Annual report of the Punjab Veterinary College and of the Civil Veterinary Department, Punjab - 1920-1925
Year: 1920
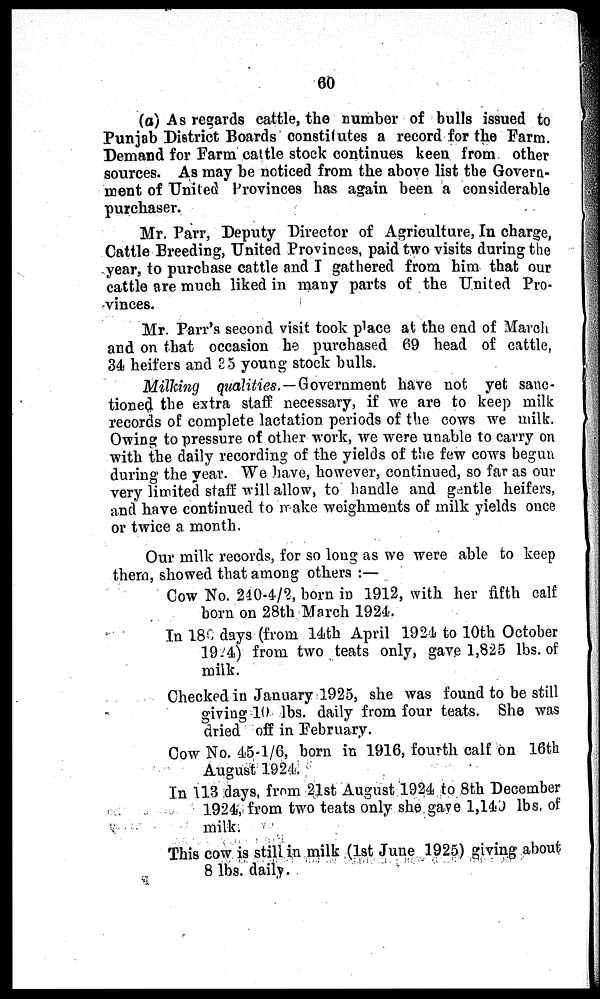
60
(a) As regards cattle, the number of bulls issued to
Punjab District Boards constitutes a record for the Farm.
Demand for Farm cattle stock continues keen from other
sources. As may be noticed from the above list the Govern-
ment of United Provinces has again been a considerable
purchaser.
Mr. Parr, Deputy Director of Agriculture, In charge,
Cattle Breeding, United Provinces, paid two visits during the
year, to purchase cattle and I gathered from him that our
cattle are much liked in many parts of the United Pro-
vinces.
Mr. Parr's second visit took place at the end of March
and on that occasion he purchased 69 head of cattle,
34 heifers and 35 young stock bulls.
Milking qualities.— Government have not yet sanc-
tioned the extra staff necessary, if we are to keep milk
records of complete lactation periods of the cows we milk.
Owing to pressure of other work, we were unable to carry on
with the daily recording of the yields of the few cows begun
during the year. We have, however, continued, so far as our
very limited staff will allow, to handle and gentle heifers,
and have continued to make weighments of milk yields once
or twice a month.
Our milk records, for so long as we were able to keep
them, showed that among others :—
Cow No. 240-4/2, born in 1912, with her fifth calf
born on 28th March 1924.
In 180 days (from 14th April 1924 to 10th October
1924) from two teats only, gave 1,825 lbs. of
milk.
Checked in January 1925, she was found to be still
giving 10 lbs. daily from four teats. She was
dried off in February.
Cow No. 45-1/6, born in 1916, fourth calf on 16th
August 1924.
In 113 days, from 21st August 1924 to 8th December
1924, from two teats only she gave 1,140 lbs. of
milk.
This cow is still in milk (1st June 1925) giving about
8 lbs. daily.